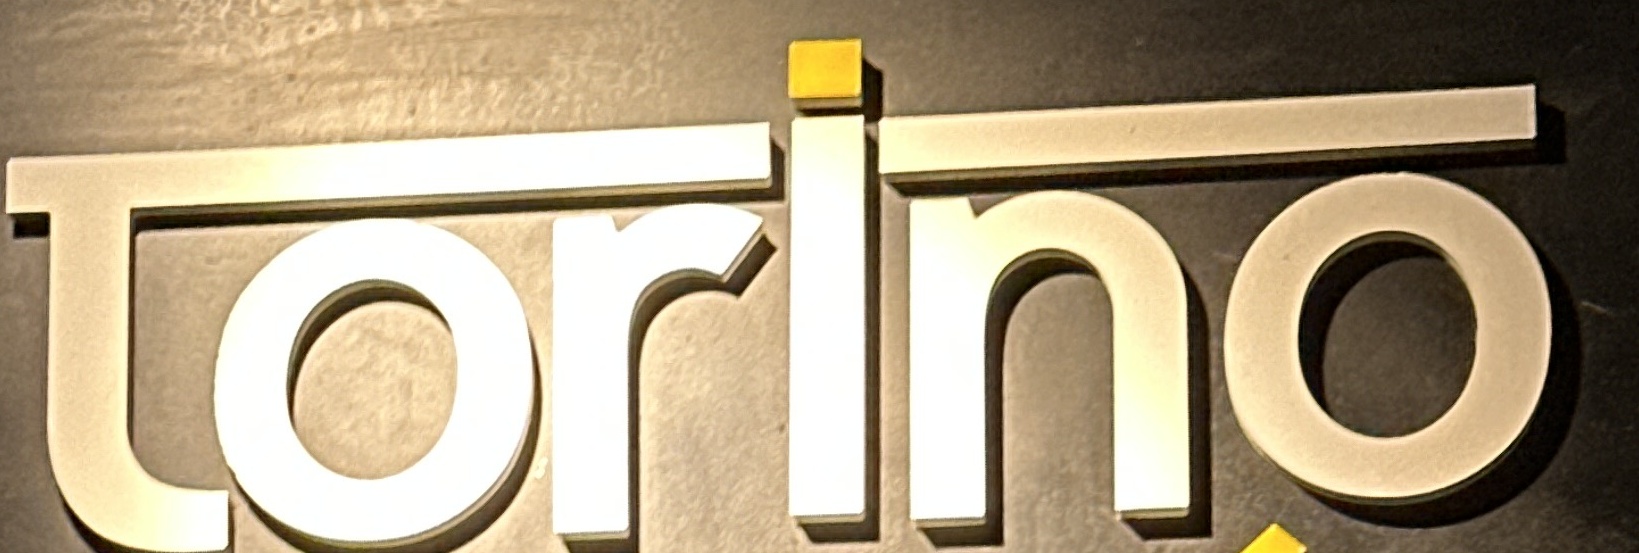
torino